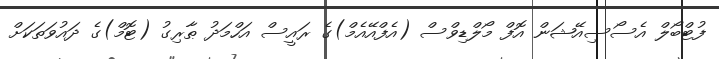
ފުޓްބޯލް އެސޯސިއޭޝަން އޮފް މޯލްޑިވްސް (އެފްއޭއެމް)ގެ ރައީސް އަހްމަދު ޠާރިގު (ޓޮމް)ގެ ދައުވަތަކަށް